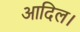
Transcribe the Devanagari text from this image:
आदिल।